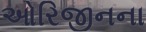
ઓરિજીનના